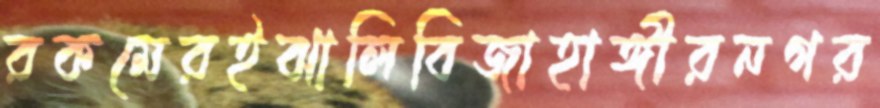
রকমেরইঝালিবিজাহাঙ্গীরনগর